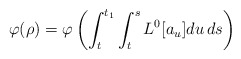
\begin{align*}\varphi(\rho)=\varphi\left(\int_t^{t_1}\int_t^s L^0[a_u]du\,ds\right)\end{align*}